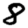
Digit: 8